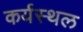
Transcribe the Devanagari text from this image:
कर्यस्थल